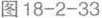
图 18-2-33